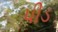
પીડ